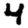
Digit: 4